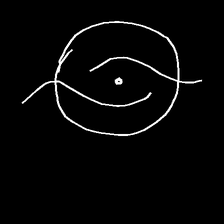
Glyph: repetition